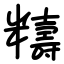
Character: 䊭